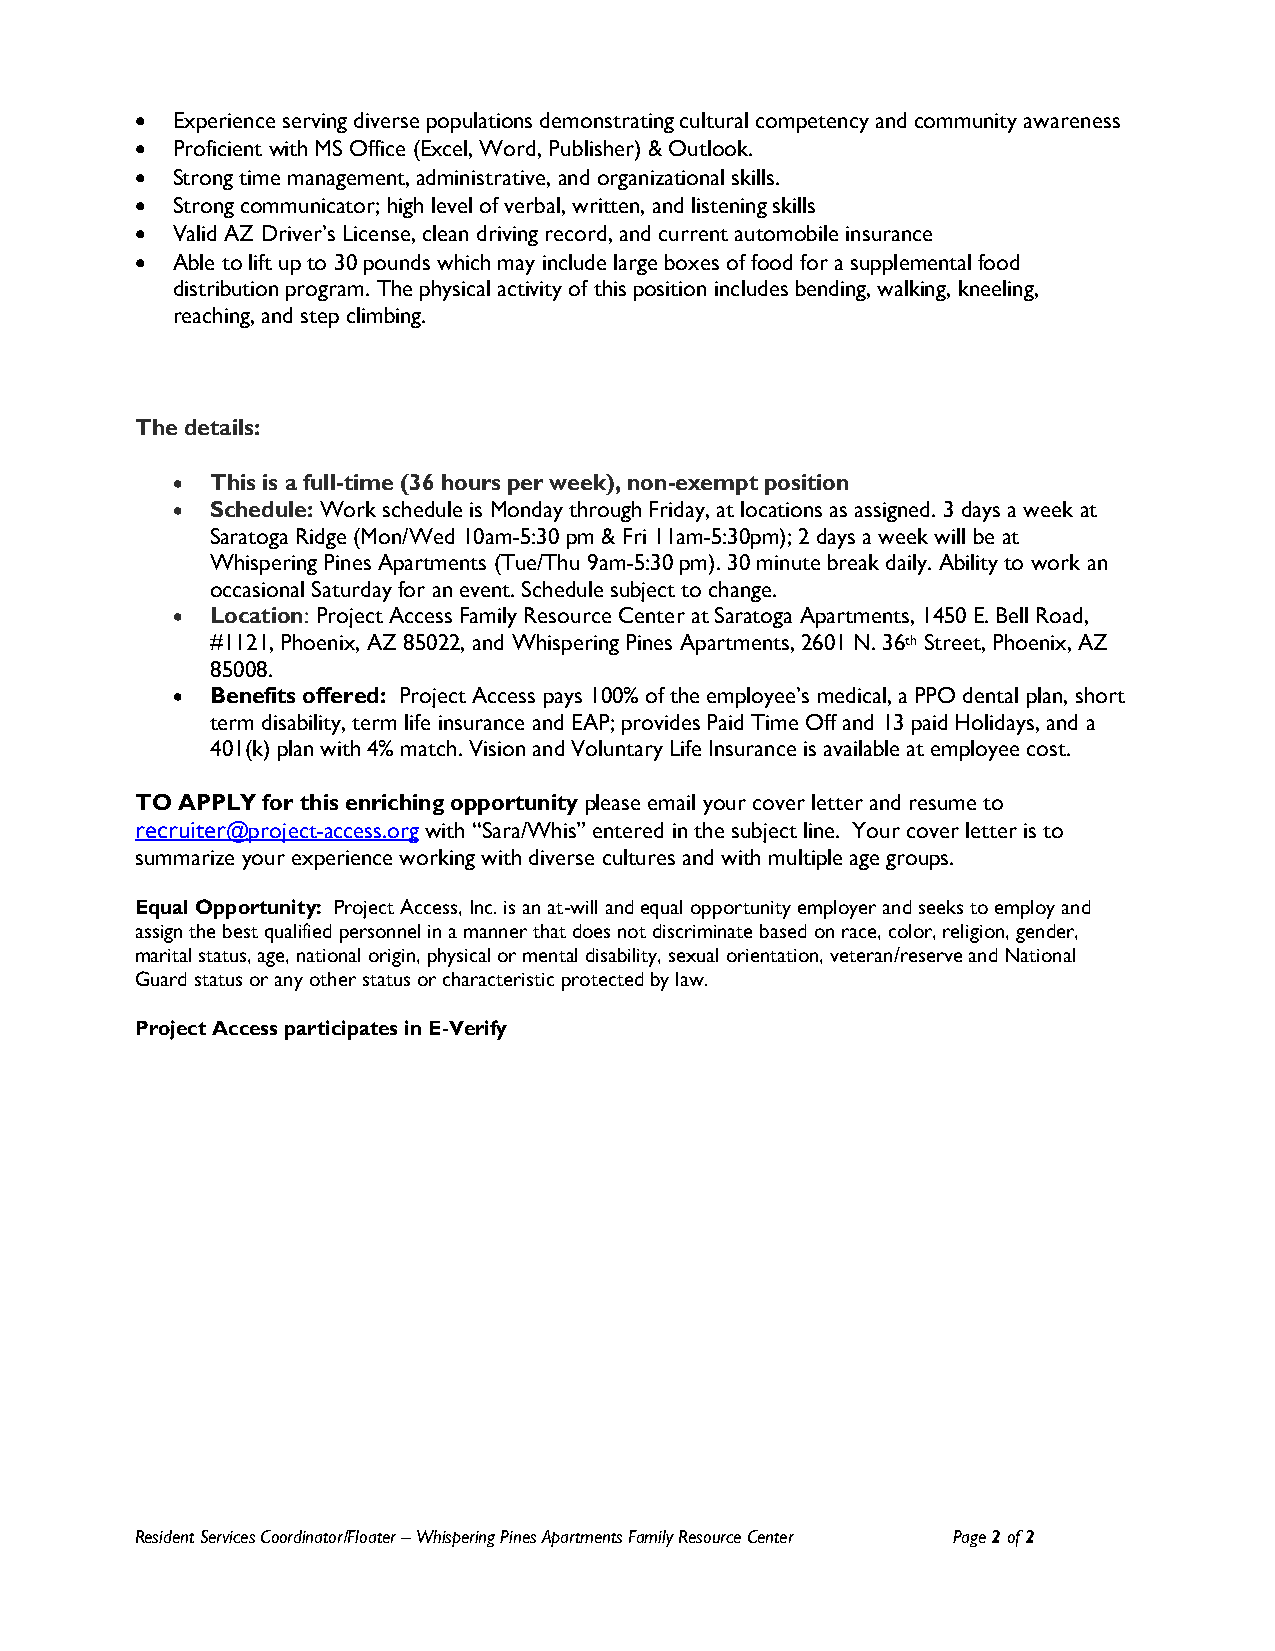
• Experience serving diverse populations demonstrating cultural competency and community awareness
 • Proficient with MS Office (Excel, Word, Publisher) & Outlook.
 • Strong time management, administrative, and organizational skills.
 • Strong communicator; high level of verbal, written, and listening skills
 • Valid AZ Driver’s License, clean driving record, and current automobile insurance
 • Able to lift up to 30 pounds which may include large boxes of food for a supplemental food
 distribution program. The physical activity of this position includes bending, walking, kneeling,
 reaching, and step climbing.
 The details:
 •  This is a full-time (36 hours per week), non-exempt position
 •  Schedule: Work schedule is Monday through Friday, at locations as assigned. 3 days a week at
 Saratoga Ridge (Mon/Wed 10am-5:30 pm & Fri 11am-5:30pm); 2 days a week will be at
 Whispering Pines Apartments (Tue/Thu 9am-5:30 pm). 30 minute break daily. Ability to work an
 occasional Saturday for an event. Schedule subject to change.
 •  Location: Project Access Family Resource Center at Saratoga Apartments, 1450 E. Bell Road,
 #1121, Phoenix, AZ 85022, and Whispering Pines Apartments, 2601 N. 36th Street, Phoenix, AZ
 85008.
 •  Benefits offered: Project Access pays 100% of the employee’s medical, a PPO dental plan, short
 term disability, term life insurance and EAP; provides Paid Time Off and 13 paid Holidays, and a
 401(k) plan with 4% match. Vision and Voluntary Life Insurance is available at employee cost.
 TO APPLY for this enriching opportunity please email your cover letter and resume to
 recruiter@project-access.org with “Sara/Whis” entered in the subject line. Your cover letter is to
 summarize your experience working with diverse cultures and with multiple age groups.
 Equal Opportunity: Project Access, Inc. is an at-will and equal opportunity employer and seeks to employ and
 assign the best qualified personnel in a manner that does not discriminate based on race, color, religion, gender,
 marital status, age, national origin, physical or mental disability, sexual orientation, veteran/reserve and National
 Guard status or any other status or characteristic protected by law.
 Project Access participates in E-Verify
 Resident Services Coordinator/Floater – Whispering Pines Apartments Family Resource Center Page 2 of 2